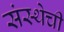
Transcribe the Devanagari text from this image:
संस्‍थेची